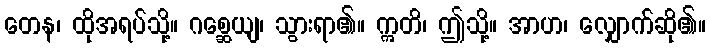
တေန၊ ထိုအရပ်သို့။ ဂစ္ဆေယျ၊ သွားရာ၏။ ဣတိ၊ ဤသို့။ အာဟ၊ လျှောက်ဆို၏။